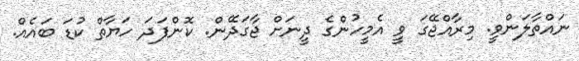
ނައްތާލަންވީ. މިރާއްޖޭގަ ވީ އެމީހުންގެ ދީނަށް ޖާގަދޭން. ކޮންފަދަ ހަޔާތް ކުޑަ ބައެއް.